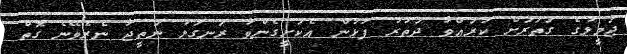
ޖަމީލުގެ ގަތަރަށް ކުރަައްވާ ދަތުރު ފުޅުން އެކަށީގެންވާ ރަނގަޅު ނަތީޖާ ނެެރެވޭނެ ގޮތް